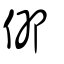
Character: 仰